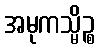
အမုကသ္မိဉ္စ